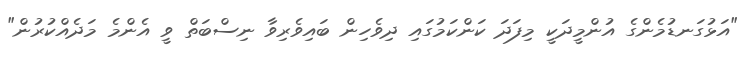
"އަޅުގަނޑުމެންގެ އުންމީދަކީ މިފަދަ ކަންކަމުގައި ދިވެހިން ބައިވެރިވާ ނިސްބަތް ވީ އެންމެ މަދެއްކުރުން"